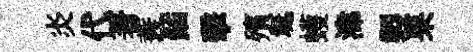
炎代著蓑鍤擊殯埏蠖湋製果